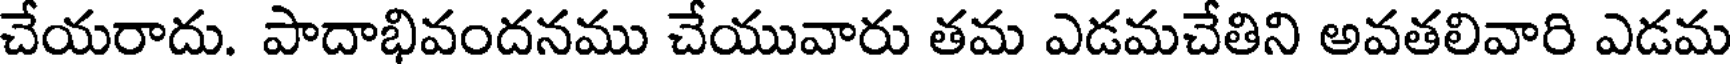
చేయరాదు. పాదాభివందనము చేయువారు తమ ఎడమచేతిని అవతలివారి ఎడమ